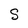
Character: S